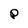
Character: p